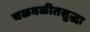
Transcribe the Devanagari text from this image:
चळवळीतसुद्धा